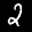
Label: 2